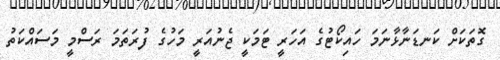
ގޮތަކަށް ކަނޑަނާޅާނަމަ ހައިކޯޓުގެ އަހަރީ ޓަމަކީ ޖެނުއަރީ މަހުގެ ފުރަތަމަ ރަސްމީ މަސައްކަތު